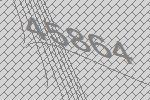
45864